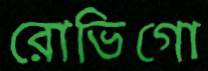
রোভিগো